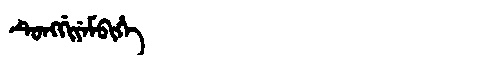
Manchu: ᡨᡠᠩᡤᡳᠶᡝᠮᠪᡳᡥᡝ
Romanization: TUNGGIYEMBIHE